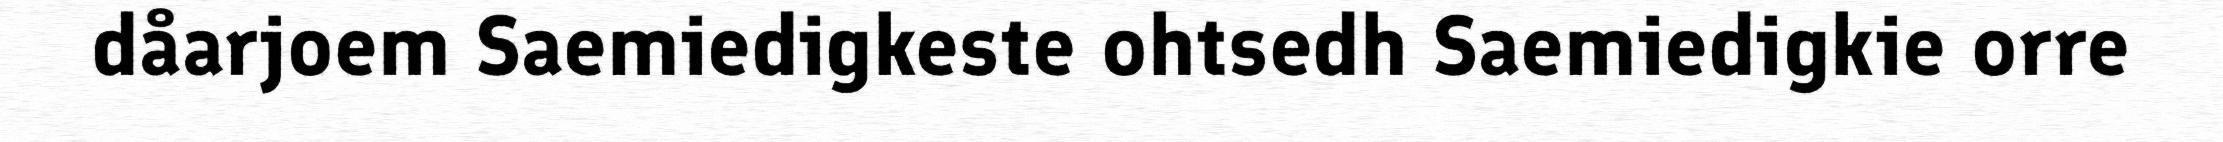
dåarjoem Saemiedigkeste ohtsedh Saemiedigkie orre